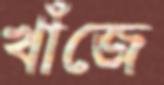
খাঁজে